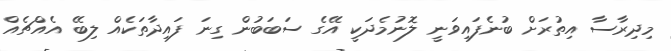
މިދިރާސާ އިތުރަށް ބުނެފައިވަނީ ލޮނުމެދަކީ އޭގެ ސަބަބުން ގިނަ ފައިދާތަކެއް ލިބޭ އެއްޗެއް